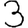
Digit: 3